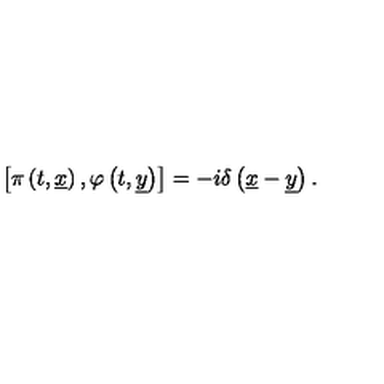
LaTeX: \left[ \pi \left( t , \underline { { x } } \right) , \varphi \left( t , \underline { { y } } \right) \right] = - i \delta \left( \underline { { x } } - \underline { { y } } \right) .